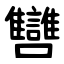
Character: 㘜